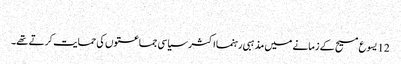
‏
12 یسوع مسیح کے زمانے میں مذہبی رہنما اکثر سیاسی جماعتوں کی حمایت کرتے تھے۔